Civil Veterinary Dept. Assam report 1911-1927 - 1911-1927
Year: 1911
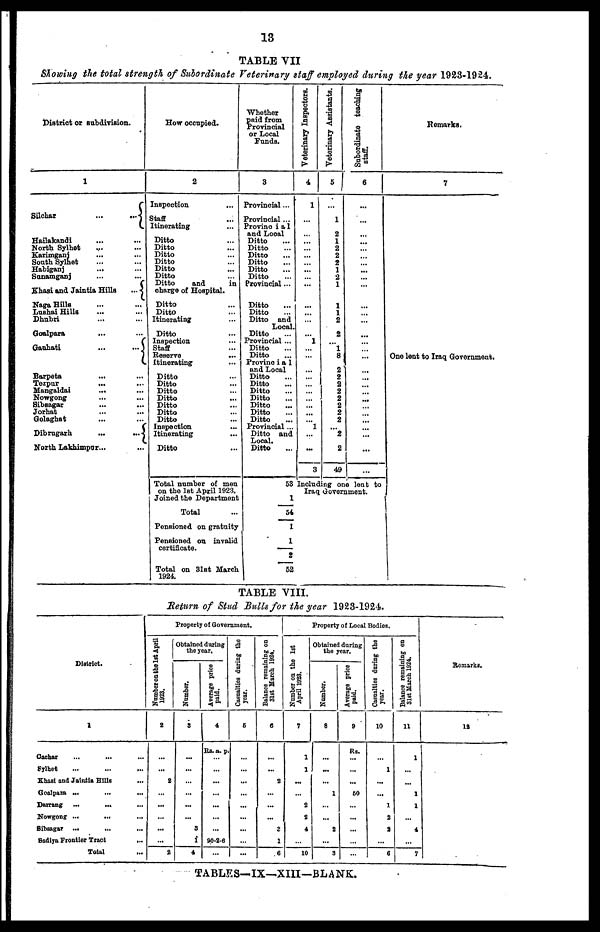
13
TABLE VII
Showing the total strength of Subordinate Veterinary staff employed during the year 1928-1924.
District or subdivision.
1
Silchar
...
...
Hailakandi ... ...
North Sylhet ... ...
Karimganj ... ...
South Sylhet
Habiganj ... ...
Sunamganj ... ...
Khasi and Jaintia Hills
...
Naga Hills ... ...
Lushai Hills ... ...
Dhubri ... ...
Goalpara ... ...
Gauhati
...
...
Barpeta ... ...
Tezpur
... ...
Mangaldai ... ...
Nowgong ... ...
Sibsagar ... ...
Jorhat ... ...
Golaghat ... ...
Dibrugarh
...
...
North Lakhimpur ... ...
How occupied.
2
Inspection ...
Staff ...
Itinerating ...
Ditto ...
Ditto ...
Ditto ...
Ditto ...
Ditto ...
Ditto ...
Ditto
and
in
charge of Hospital.
Ditto ...
Ditto ...
Itinerating ...
Ditto ...
Inspection ...
Staff ...
Reserve ...
Itinerating ...
Ditto ...
Ditto ...
Ditto ...
Ditto ...
Ditto ...
Ditto ...
Ditto ...
Inspection ...
Itinerating ...
Ditto ...
Total number of men
on the 1st April 1923.
Joined the Department
Total ...
Pensioned on gratuity
Pensioned on invalid
certificate.
Total on 31st March
1924.
Whether
paid from
Provincial
or Local
Funds.
3
Provincial ...
Provincial ...
Provincial
and Local
Ditto ...
Ditto ...
Ditto ...
Ditto ...
Ditto ...
Ditto ...
Provincial ...
Ditto ...
Ditto ...
Ditto and
Local.
Ditto ...
Provincial ...
Ditto ...
Ditto ...
Provincial
and Local
Ditto ...
Ditto ...
Ditto ...
Ditto ...
Ditto ...
Ditto ...
Ditto ...
Provincial ...
Ditto and
Local.
Ditto ...
53
1
54
1
1
2
52
Veterinary Inspectors.
4
1
...
...
...
...
...
...
...
...
...
...
...
...
...
...
1
...
...
...
...
...
...
...
...
...
... 1
...
...
3
Veterinary Assistants.
5
...
1
2
1
2
2
2
1
2
1
1
1
2
2
1
8
2
2
2
2
2
2
2
2
... 2
2
49
Subordinate teaching
staff.
6
...
...
...
...
...
...
...
...
...
...
...
...
...
...
...
...
...
...
...
...
...
...
...
...
...
...
...
...
Including one lent to
Iraq Government.
Remarks.
7
One lent to Iraq Government.
1
TABLE VIII.
Return of Stud Bulls for the year 1923-1924.
District.
1
Cachar
...
...
Sylhet
Khasi and Jaintia Hills
Goalpara ...
...
...
Darrang ...
... ...
Nowgong ... ... ...
Sibaagar ... ... ...
Sadiya Frontier Tract
...
Total ...
Property of Government.
Number on the 1st April
1923.
2
...
...
2
...
...
...
...
2
Obtained during
the year.
Number.
3
...
...
...
...
...
...
3
1
4
Average price
paid.
4
Rs. a. p.
...
...
...
...
...
...
...
90-2-6
...
Casualties during the
year.
6
...
...
...
...
...
...
...
...
...
Balance remaining on
31st March 1924.
6
...
...
2
...
...
...
2
1
6
Property of Local Bodies.
Number on the 1st
April 1923.
7
1
1
...
...
2
2
4
...
10
Obtained during
the year.
Number.
8
...
...
...
1
...
...
2
...
3
Average price
paid.
9
Rs.
...
...
...
60
...
...
...
...
...
Casualties during the
year.
10
1
...
...
1
2
2
...
6
Balance remaining on
31st March 1924.
11
1
...
...
1
1
...
4
...
7
Remarks.
12
TABLES—IX—XIII—BLANK.